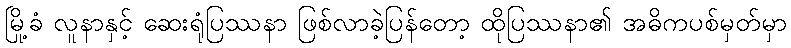
မြို့ခံ လူနာနှင့် ဆေးရုံပြဿနာ ဖြစ်လာခဲ့ပြန်တော့ ထိုပြဿနာ၏ အဓိကပစ်မှတ်မှာ